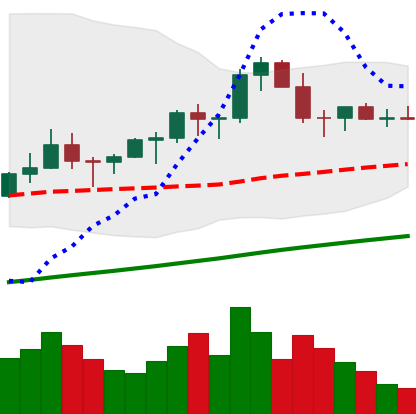
Ticker: LTC-USD
Chart end date: 2021-03-20
Forward return: -13.817%
Label: down_7plus